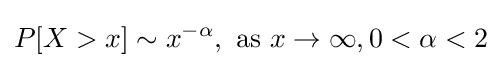
P[X>x]\sim x^{-\alpha },\ {\text{as}}\ x\to \infty ,0<\alpha <2